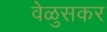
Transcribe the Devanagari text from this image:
वेळुसकर